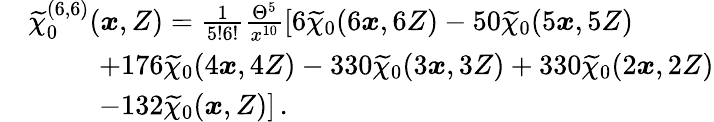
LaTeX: \begin{array}{rl}&{\widetilde{\chi}_{0}^{(6,6)}(\boldsymbol{x},Z)=\frac{1}{5!6!}\frac{\Theta^{5}}{x^{10}}\left[6\widetilde{\chi}_{0}(6\boldsymbol{x},6Z)-50\widetilde{\chi}_{0}(5\boldsymbol{x},5Z)\right.}\\ &{\qquad\, \, \, +176\widetilde{\chi}_{0}(4\boldsymbol{x},4Z)-330\widetilde{\chi}_{0}(3\boldsymbol{x},3Z)+330\widetilde{\chi}_{0}(2\boldsymbol{x},2Z)}\\ &{\qquad\, \, \, \left.-132\widetilde{\chi}_{0}(\boldsymbol{x},Z)\right]\, .}\end{array}